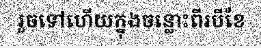
រួចទៅហើយក្នុងចន្លោះពីរបីខែ